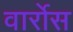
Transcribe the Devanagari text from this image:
वार्रोस